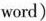
word)